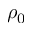
\rho _ { 0 }